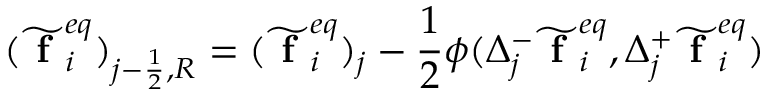
( \widetilde { \textbf { f } } _ { i } ^ { e q } ) _ { j - \frac { 1 } { 2 } , R } = ( \widetilde { \textbf { f } } _ { i } ^ { e q } ) _ { j } - \frac { 1 } { 2 } \phi ( \Delta _ { j } ^ { - } \widetilde { \textbf { f } } _ { i } ^ { e q } , \Delta _ { j } ^ { + } \widetilde { \textbf { f } } _ { i } ^ { e q } )